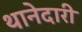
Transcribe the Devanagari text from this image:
थानेदारी